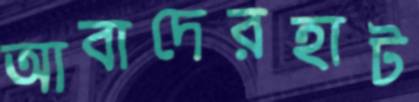
আবাদেরহাট